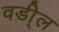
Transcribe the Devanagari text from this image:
वडी्ल